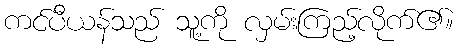
ကင်ပီယန်သည် သူ့ကို လှမ်းကြည့်လိုက်၏။